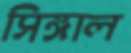
সিঙ্গাল